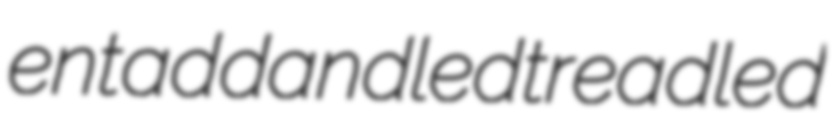
entad dandled treadled